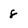
Character: 8